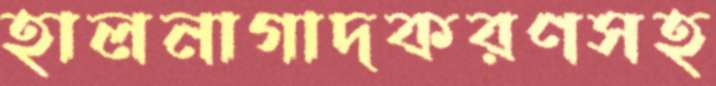
হালনাগাদকরণসহ